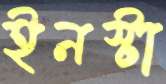
ইনস্টা